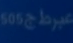
505عبرط ج